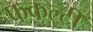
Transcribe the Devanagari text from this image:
फकल्टी